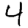
Digit: 4